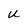
Character: u